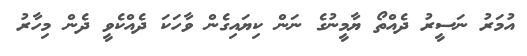
އުމަރު ނަސީރު ދެއްތޯ ޔާމީނުގެ ނަން ކިޔައިގެން ވާހަކަ ދެއްކެވީ ދެން މިހާރު